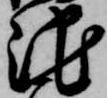
池